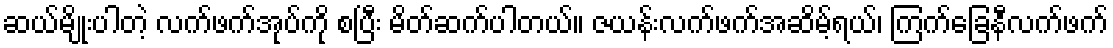
ဆယ်မျိုးပါတဲ့ လက်ဖက်အုပ်ကို စပြီး မိတ်ဆက်ပါတယ်။ ဇယန်းလက်ဖက်အဆိမ့်ရယ်၊ ကြက်ခြေနီလက်ဖက်